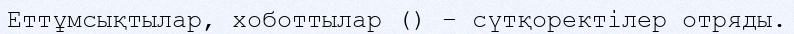
Еттұмсықтылар, хоботтылар () – сүтқоректілер отряды.